Lunatic asylums Punjab 1911-1921 - 1911-1921
Year: 1911
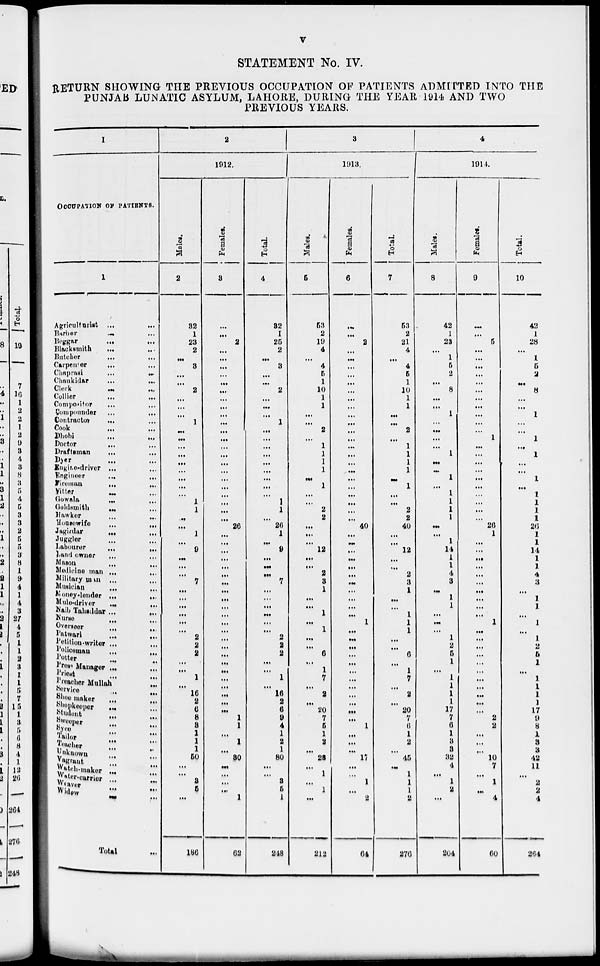
v
STATEMENT No. IV.
RETURN SHOWING THE PREVIOUS OCCUPATION OF PATIENTS ADMITTED INTO THE
PUNJAB LUNATIC ASYLUM, LAHORE, DURING THE YEAR 1914 AND TWO
PREVIOUS YEARS.
1
OCCUPATION OF PATIENTS.
1
Agriculturist
...
...
Barber ... ...
Beggar
...
...
Blacksmith ... ...
Butcher
...
...
Carpenter ... ...
Chaprasi
...
...
Chaukidar ... ...
Clerk
...
...
Collier
...
...
Compositor ... ...
Compounder
...
...
Contractor
...
...
Cook
...
...
Dhobi
...
...
Doctor
...
...
Draftsman ... ...
Dyer ... ...
Engine-driver ... ...
Engineer ... ...
Fireman ... ...
Fitter ... ...
Gowala
...
...
Goldsmith ... ...
Hawker ... ...
Housewife ... ...
Jagirdar ... ...
Juggler ... ...
Labourer
...
...
Land owner ... ...
Mason ... ...
Medicine man
...
...
Military man ... ...
Musician ... ...
Money-lender ... ...
Mule-driver ... ...
Naib Tahsildar ... ...
Nurse ... ...
Overseer
Patwari ... ...
Petition-writer ... ...
Policeman ... ...
Potter
...
...
Press Manager ... ...
Priest ... ...
Preacher Mullah ...
Service ... ...
Shoe maker ... ...
Shopkeeper ... ...
Student
...
...
Sweeper ... ...
Syce ... ...
Tailor ... ...
Teacher ... ...
Unknown ... ...
Vagrant ... ...
Watch-maker ... ...
Water-carrier ... ...
Weaver ... ...
Widow ... ...
Total ...
2
1912.
Males.
2
32
1
23
2
...
3
...
...
2
...
...
...
1
...
...
...
...
...
...
...
...
...
1
1
...
...
1
...
9
...
...
...
7
...
...
...
...
...
...
2
2
2
...
...
1
...
16
2
6
8 3
1
1
1
50
...
...
3
5
...
186
Females.
3
...
...
2
...
...
...
...
...
...
...
...
...
...
...
...
...
...
...
...
...
...
...
...
...
...
26
...
...
...
...
...
...
...
...
...
...
...
...
...
...
...
...
...
...
...
...
...
...
...
...
1
1
...
1
30
...
...
...
...
1
62
Total.
4
32
1
25
2
...
3
...
...
2
...
...
...
1
...
...
...
...
...
...
...
...
...
1
1
...
26
1
...
9
...
...
...
7
...
...
...
...
...
...
2
2
2
...
...
1
...
16
2
6
9
4
1
2
1
80
...
...
3
5
1
248
3
1913.
Males.
5
53
2
19
4
...
4
5
1
10
1
1
...
...
2
...
1
1
1
1
...
1
...
...
2
2
...
...
...
12
...
...
2
3
1
...
...
1
...
1
...
...
6
...
1
7
...
2
...
20
7
5
1
2
...
28
...
1
...
1
...
212
Females.
6
...
...
2
...
...
...
...
...
...
...
...
...
...
...
...
...
...
...
...
...
...
...
...
...
...
40
...
...
...
...
...
...
...
...
...
...
...
1
...
...
...
...
...
...
...
...
...
...
...
...
1
...
...
...
17
...
...
1
...
2
64
Total.
7
53
2
21
4
...
4
5
1
10
1
1
...
...
2
...
1
1
1
1
...
1
...
...
2
2
40
...
...
12 ...
...
2
3
1
...
...
1
1
1
...
...
6
...
1
7
...
2
...
20
7
6
1
2
...
45
...
1
1
1
2
276
4
1914.
Males.
8
42
1
23
...
1
5
2
...
8
...
...
1
...
...
...
...
1
...
...
1
...
1
1
1
1
...
...
1
14
1
1
4
3
...
1
1
...
...
...
1
2
5
1
...
1
1
1
1
17
7
6
1
3
3
32
4
...
1
2
...
204
Females.
9
...
...
5
...
...
...
...
...
...
...
...
...
...
...
1
...
...
...
...
...
...
...
...
...
...
26
1
...
...
...
...
...
...
...
...
...
...
...
1
...
...
...
...
...
...
...
...
...
...
2
2
...
...
...
10
7
...
1
...
4
60
Total.
10
42
1
28
...
1
5
2
...
8
...
...
1
...
...
1
...
1
...
...
1
...
1
1
1
1
26
1
1
14
1
1
4
3
...
1
1
...
...
1
1
2
5
1
...
1
1
1
1
17
9
8
1
3
3
42
11
...
2
2
4
264